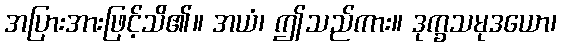
အပြားအားဖြင့်သိ၏။ အယံ၊ ဤသည်ကား။ ဒုက္ခသမုဒယော၊